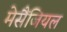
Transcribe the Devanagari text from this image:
मेसैंजियल